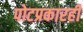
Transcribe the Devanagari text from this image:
पोटप्रकारही